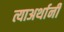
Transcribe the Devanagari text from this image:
त्याअर्थानी